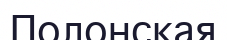
Полонская